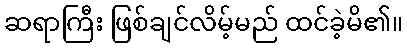
ဆရာကြီး ဖြစ်ချင်လိမ့်မည် ထင်ခဲ့မိ၏။